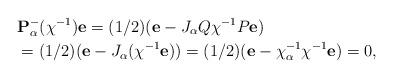
LaTeX: \begin{align*}&\mathbf{P}_{\alpha}^-(\chi^{-1}) \mathbf{e} =(1/2)(\mathbf{e}-J_{\alpha}Q\chi^{-1}P\mathbf{e})\\&=(1/2)(\mathbf{e}-J_{\alpha}(\chi^{-1}\mathbf{e})) =(1/2)(\mathbf{e}-\chi_{\alpha}^{-1}\chi^{-1}\mathbf{e})=0,\end{align*}